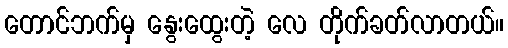
တောင်ဘက်မှ နွေးထွေးတဲ့ လေ တိုက်ခတ်လာတယ်။